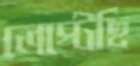
লেপ্‌টেছি